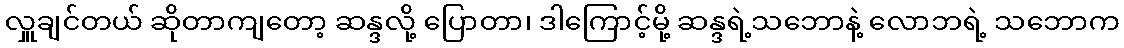
လှူချင်တယ် ဆိုတာကျတော့ ဆန္ဒလို့ ပြောတာ၊ ဒါကြောင့်မို့ ဆန္ဒရဲ့သဘောနဲ့ လောဘရဲ့ သဘောက